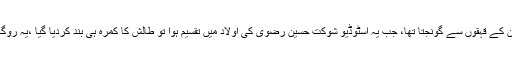
آغا طالش، ایک معتبر اداکار، وقت کے پابند اور معاوضے پر بحث نہ کرنے والے ، شاہ نور اسٹوڈیو ان کے قہقوں سے گونجتا تھا، جب یہ اسٹوڈیو شوکت حسین رضوی کی اولاد میں تقسیم ہوا تو طالش کا کمرہ ہی بند کردیا گیا ،یہ روگ طالش کو گھن کی طرح کھا گیا ،اور19 فروری 1998ء کو وہ اس دنیا کو ہمیشہ کیلئے چھوڑ گئے۔